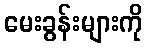
မေးခွန်းများကို